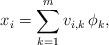
LaTeX: \begin{align*} x_{i} = \sum_{k=1}^{m} v_{i,k} \, \phi_{k},\end{align*}